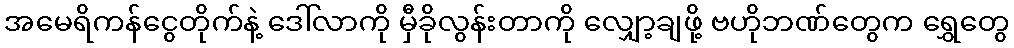
အမေရိကန်ငွေတိုက်နဲ့ ဒေါ်လာကို မှီခိုလွန်းတာကို လျှော့ချဖို့ ဗဟိုဘဏ်တွေက ရွှေတွေ